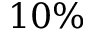
1 0 \%